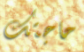
حاجتك